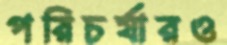
পরিচর্যারও